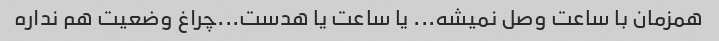
همزمان با ساعت وصل نمیشه... یا ساعت یا هدست...چراغ وضعیت هم نداره